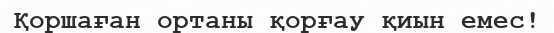
Қоршаған ортаны қорғау қиын емес!